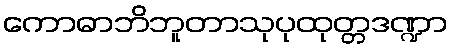
ကောဓာဘိဘူတာသုပုထုတ္တဒဏ္ဍာ